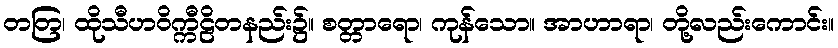
တတြ၊ ထိုသီဟဝိက္ကီဠိတနည်း၌။ စတ္တာရော၊ ကုန်သော။ အာဟာရာ၊ တို့လည်းကောင်း။